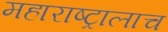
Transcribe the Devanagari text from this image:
महाराष्ट्रालाच